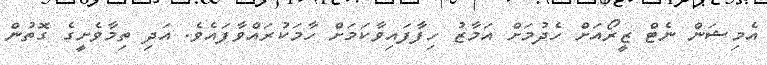
އެމިޝަން ނެޓް ޒީރޯއަށް ހެދުމަށް އަމާޒު ހިފާފައިވާކަމަށް ހާމަކުރައްވާފައެވެ. އަދި ތިމާވެށީގެ ގޮތުން